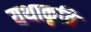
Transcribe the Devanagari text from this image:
यथाकृति